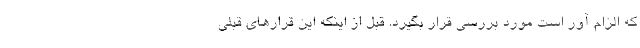
که الزام آور است مورد بررسی قرار بگیرد. قبل از اینکه این قرارهای قبلی